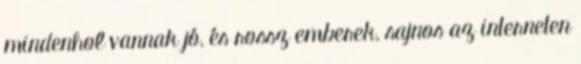
mindenhol vannak jó, és rossz emberek, sajnos az interneten